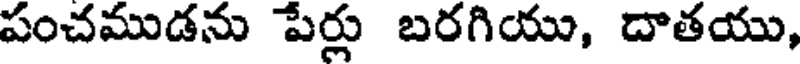
పంచముడను పేర్లు బరగియు, దాతయు,